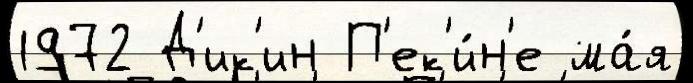
1972 Д'ик'ин П'ек'и́н'е ма́я